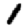
Digit: 1